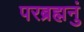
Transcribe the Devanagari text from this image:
परब्रह्मनुं